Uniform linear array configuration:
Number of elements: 48
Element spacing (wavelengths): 1
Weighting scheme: uniform
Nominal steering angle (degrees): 45
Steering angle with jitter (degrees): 43.457
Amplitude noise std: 0.05
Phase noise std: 0.05

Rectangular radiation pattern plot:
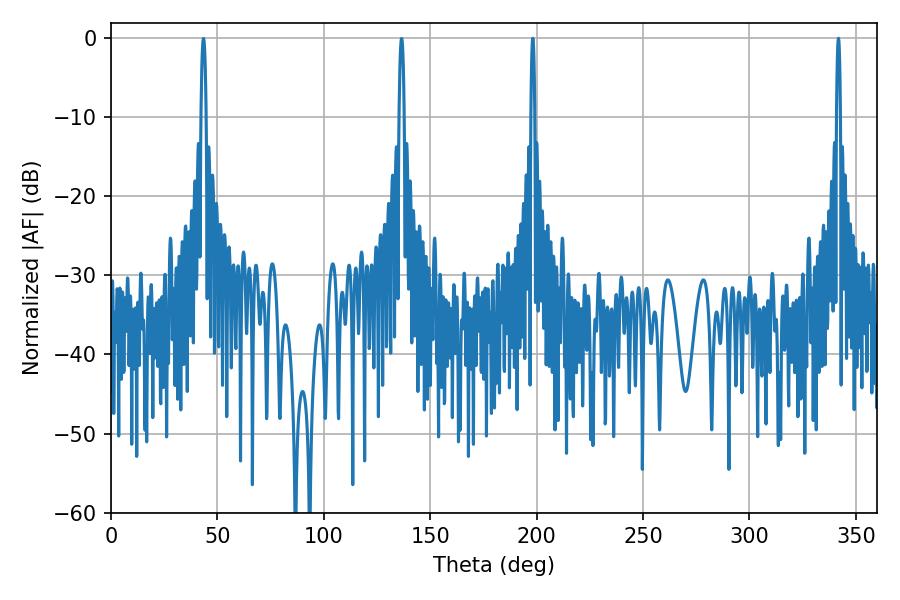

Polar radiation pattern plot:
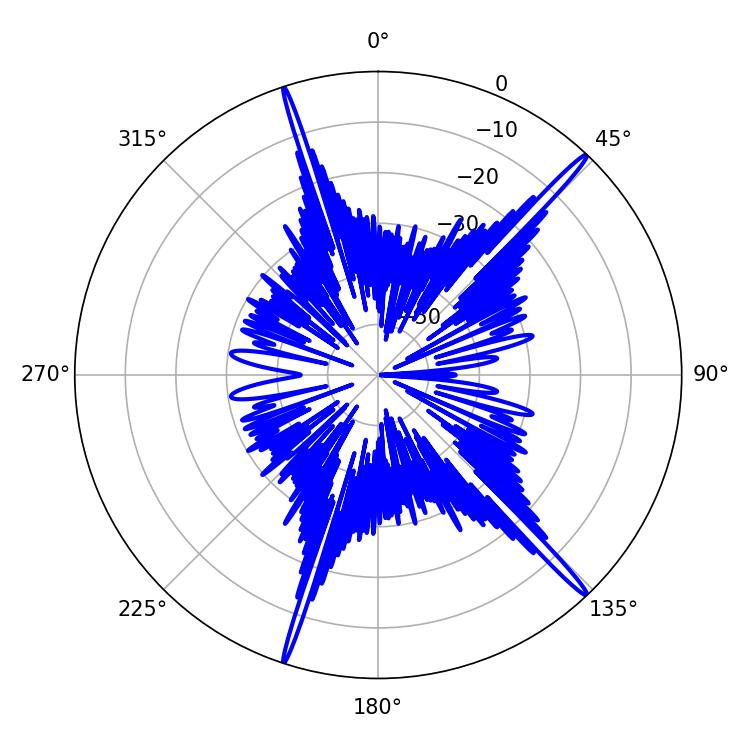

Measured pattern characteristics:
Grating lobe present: TRUE
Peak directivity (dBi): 18.93
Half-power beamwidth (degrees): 1.08
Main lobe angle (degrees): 198.18